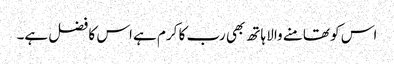
اس کو تھامنے والا ہاتھ بھی رب کا کرم ہے اس کا فضل ہے۔